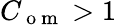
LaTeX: C_{\mathrm{~o~m~}}>1